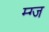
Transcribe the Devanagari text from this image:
म्ग्ज